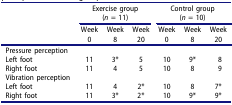
<table><thead><tr><td><b> </b></td><td colspan="3"><b>Exercise group (<i>n</i> = 11)</b></td><td colspan="3"><b>Control group (<i>n</i> = 10)</b></td></tr><tr><td><b> </b></td><td><b>Week 0</b></td><td><b>Week 8</b></td><td><b>Week 20</b></td><td><b>Week 0</b></td><td><b>Week 8</b></td><td><b>Week 20</b></td></tr></thead><tbody><tr><td>Pressure perception</td><td> </td><td> </td><td> </td><td> </td><td> </td><td> </td></tr><tr><td>Left foot</td><td>11</td><td>3*</td><td>5</td><td>10</td><td>9*</td><td>8</td></tr><tr><td>Right foot</td><td>11</td><td>4</td><td>5</td><td>10</td><td>8</td><td>9</td></tr><tr><td>Vibration perception</td><td> </td><td> </td><td> </td><td> </td><td> </td><td> </td></tr><tr><td>Left foot</td><td>11</td><td>4</td><td>2*</td><td>10</td><td>8</td><td>7*</td></tr><tr><td>Right foot</td><td>11</td><td>3*</td><td>2*</td><td>10</td><td>9*</td><td>9*</td></tr></tbody></table>